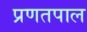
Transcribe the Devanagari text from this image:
प्रणतपाल